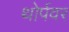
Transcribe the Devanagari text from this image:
थोर्पवर